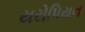
યરોપિયન